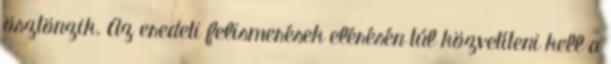
ösztönzik. Az eredeti felismerések elérésén túl közvetíteni kell a